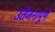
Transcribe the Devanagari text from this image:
उतेजनापूर्ण